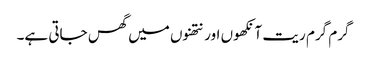
گرم گرم ریت آنکھوں اور نتھنوں میں گھس جاتی ہے۔